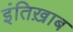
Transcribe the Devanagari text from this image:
इंतिख़ाब